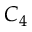
C _ { 4 }